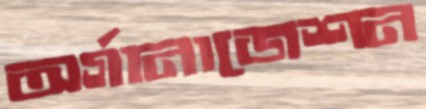
অর্গানাজেশন